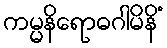
ကမ္မနိရောဓဂါမိနိံ